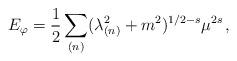
LaTeX: \begin{align*}E_{\varphi}={1\over 2}\sum _{(n)} (\lambda _{(n)}^2 + m^2)^{1/2-s} \mu ^{2 s} \,,\end{align*}